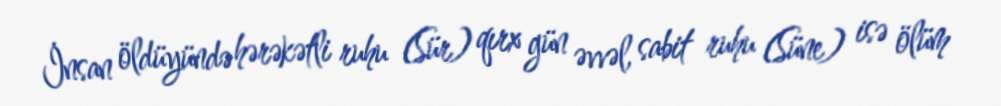
İnsan öldüyündə hərəkətli ruhu (Sür) qırx gün əvvəl, sabit ruhu (Süne) isə ölüm